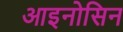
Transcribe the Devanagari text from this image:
आइनोसिन